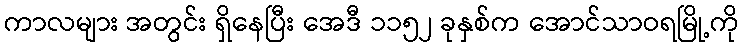
ကာလများ အတွင်း ရှိနေပြီး အေဒီ ၁၁၅၂ ခုနှစ်က အောင်သာဝရမြို့ကို